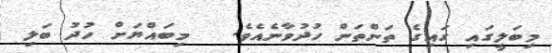
މިބަލީގައި ގައިގެ ތަންތަން ހުދުވާނެއެވެ.   މިބައްޔަށް ހުދު ބަލި